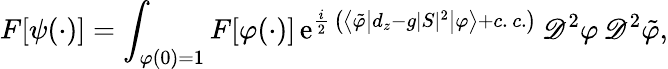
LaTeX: F\lbrack\psi(\cdot)\rbrack=\int_{\varphi(0)=1}F\lbrack\varphi(\cdot)\rbrack\, \mathrm{e}^{\frac{i}{2}\, \left(\left\langle\tilde{\varphi}\left\vert d_{z}-g\vert S\vert^{2}\right\vert\varphi\right\rangle+c.\, c.\right)}\, \mathscr{D}^{2}\varphi\, \mathscr{D}^{2}\tilde{\varphi},